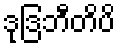
ဒုဒြဘီတိပိ